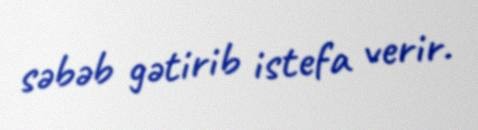
səbəb gətirib istefa verir.